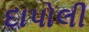
દાપોલી